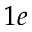
1 e